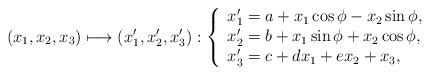
LaTeX: \begin{align*}\left( x_{1},x_{2},x_{3}\right) \longmapsto \left( x_{1}^{\prime},x_{2}^{\prime },x_{3}^{\prime }\right) :\left\{ \begin{array}{l}x_{1}^{\prime }=a+x_{1}\cos \phi -x_{2}\sin \phi , \\ x_{2}^{\prime }=b+x_{1}\sin \phi +x_{2}\cos \phi , \\ x_{3}^{\prime }=c+dx_{1}+ex_{2}+x_{3},\end{array}\right. \end{align*}